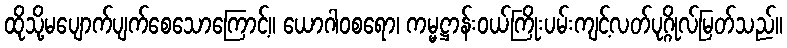
ထိုသို့မပျောက်ပျက်စေသောကြောင့်။ ယောဂါဝစရော၊ ကမ္မဋ္ဌာန်းဝယ်ကြိုးပမ်းကျင့်လတ်ပုဂ္ဂိုလ်မြတ်သည်။